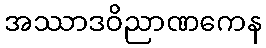
အဿာဒဝိညာဏကေန